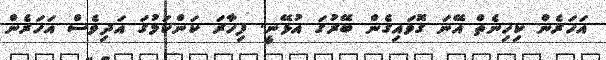
އަހަރެން ކިހިނެތް އޭނަ ގޮވައިގެން ބޭރުގަ އުޅޭނީ. ފިހާރަ ކަންކަމުގަ އަދިވެސް އަހަރެން